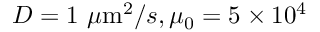
D = 1 ~ \mu \mathrm { m } ^ { 2 } / s , \mu _ { 0 } = 5 \times 1 0 ^ { 4 }